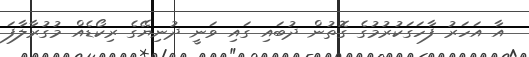
އާ އަހަރު ފާހަގަކުރުމުގެ ގޮތުން ދުބައި ގައި ވަނީ ދުނިޔޭގެ ރިކޯޑެއް މުގުރާލާފަ